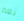
نعم